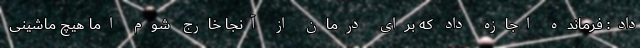
داد: فرمانده اجازه داد که برای درمان از آنجا خارج شوم اما هیچ ماشینی